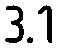
3.1